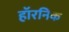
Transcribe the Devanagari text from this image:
हॉरनिक